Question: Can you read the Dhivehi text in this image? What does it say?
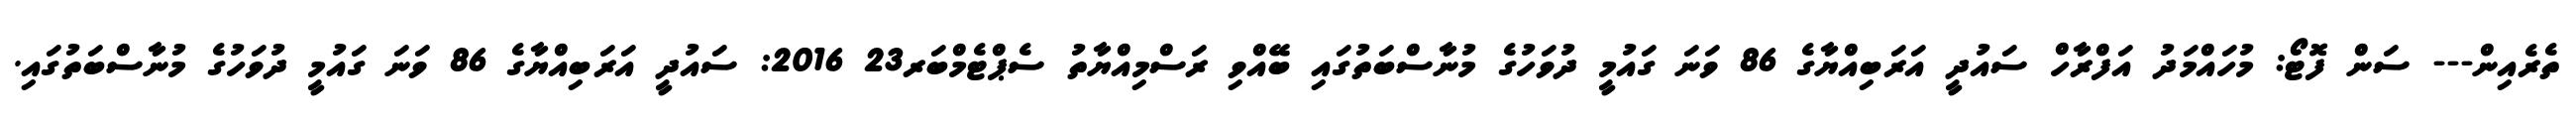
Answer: ތެރެއިން--- ސަން ފޮޓޯ: މުހައްމަދު އަފްރާހް ސައުދީ އަރަބިއްޔާގެ 86 ވަނަ ގައުމީ ދުވަހުގެ މުނާސްބަތުގައި ބޭއްވި ރަސްމިއްޔާތު ސެޕްޓެމްބަރ23 2016: ސައުދީ އަރަބިއްޔާގެ 86 ވަނަ ގައުމީ ދުވަހުގެ މުނާސްބަތުގައި.